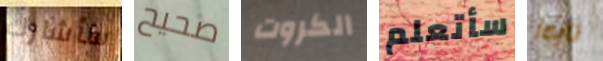
سأشارك صحيح الكروت سأتعلم تايمز